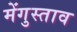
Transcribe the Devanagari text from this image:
मेंगुस्ताव